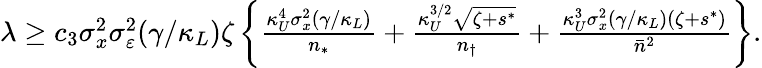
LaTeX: \begin{array}{r}{\lambda\ge c_{3}\sigma_{x}^{2}\sigma_{\varepsilon}^{2}(\gamma/\kappa_{L})\zeta\left\{ \frac{\kappa_{U}^{4}\sigma_{x}^{2}(\gamma/\kappa_{L})}{n_{*}}+\frac{\kappa_{U}^{3/2}\sqrt{\zeta+s^{*}}}{n_{\dagger}}+\frac{\kappa_{U}^{3}\sigma_{x}^{2}(\gamma/\kappa_{L})(\zeta+s^{*})}{\bar{n}^{2}}\right\} .}\end{array}